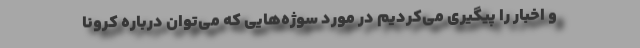
و اخبار را پیگیری می‌کردیم در مورد سوژه‌هایی که می‌توان درباره کرونا